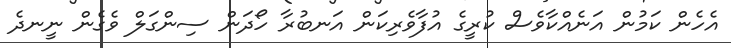
އެހެން ކަމުން އަނެއްކާވެސް ކުރީގެ އުފާވެރިކަން އަނބުރާ ހޯދަން ސިންގަލް ވެގެން ނީނދެ